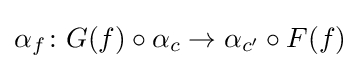
\alpha _{f}\colon G(f)\circ \alpha _{c}\to \alpha _{c'}\circ F(f)